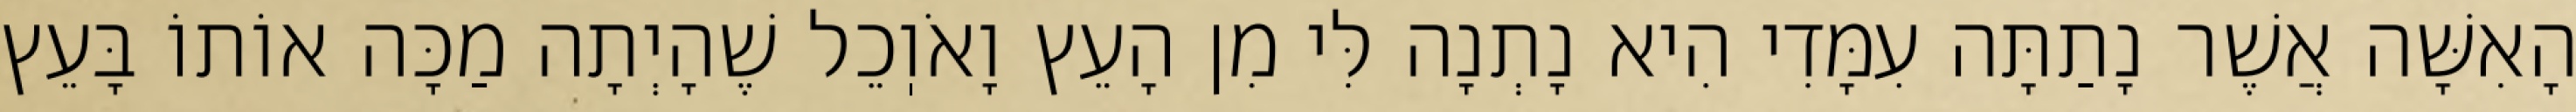
הָאִשָּׁה אֲשֶׁר נָתַתָּה עִמָּדִי הִיא נָתְנָה לִּי מִן הָעֵץ וָאֹוֽכֵל שֶׁהָיְתָה מַכָּה אוֹתוֹ בָּעֵץ